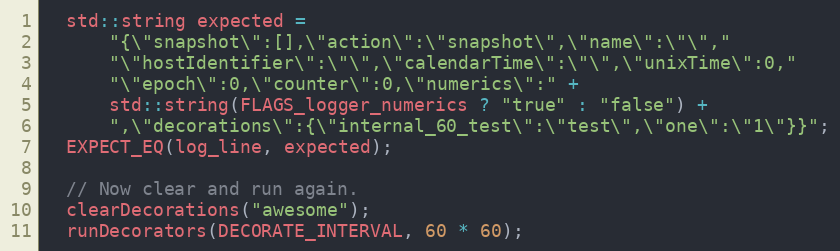
Language: C++
  std::string expected =
      "{\"snapshot\":[],\"action\":\"snapshot\",\"name\":\"\","
      "\"hostIdentifier\":\"\",\"calendarTime\":\"\",\"unixTime\":0,"
      "\"epoch\":0,\"counter\":0,\"numerics\":" +
      std::string(FLAGS_logger_numerics ? "true" : "false") +
      ",\"decorations\":{\"internal_60_test\":\"test\",\"one\":\"1\"}}";
  EXPECT_EQ(log_line, expected);

  // Now clear and run again.
  clearDecorations("awesome");
  runDecorators(DECORATE_INTERVAL, 60 * 60);